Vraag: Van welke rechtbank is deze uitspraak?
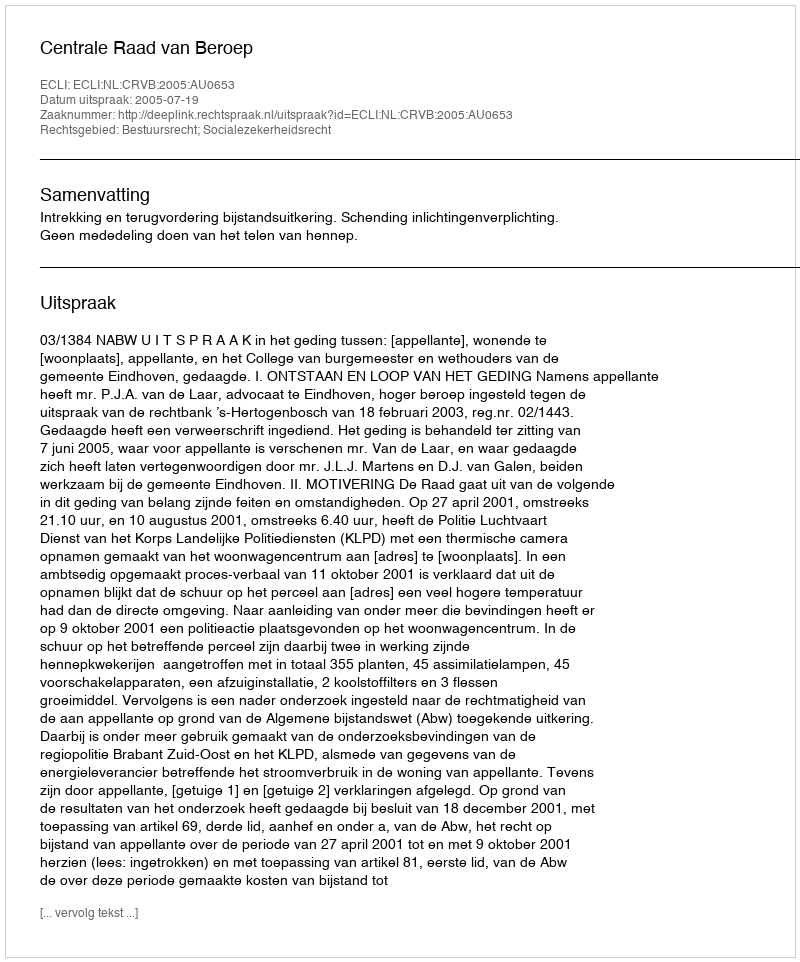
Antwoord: Centrale Raad van Beroep